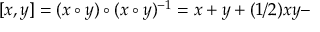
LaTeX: [ x , y ] = ( x \circ y ) \circ ( x \circ y ) ^ { - 1 } = x + y + ( 1 / 2 ) x y -